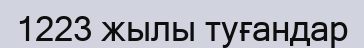
1223 жылы туғандар